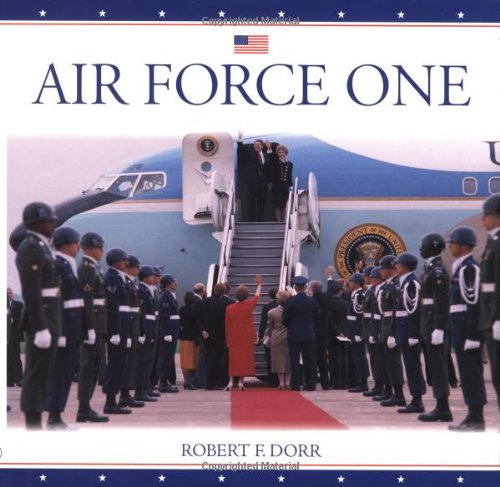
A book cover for Air Force One; Robert F. Dorr; Arts & Photography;